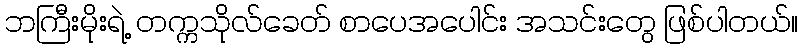
ဘကြီးမိုးရဲ့ တက္ကသိုလ်ခေတ် စာပေအပေါင်း အသင်းတွေ ဖြစ်ပါတယ်။